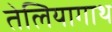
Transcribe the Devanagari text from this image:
तेलियागाथ